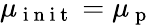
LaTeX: \mu_{\mathrm{~i~n~i~t~}}=\mu_{\mathrm{~p~}}